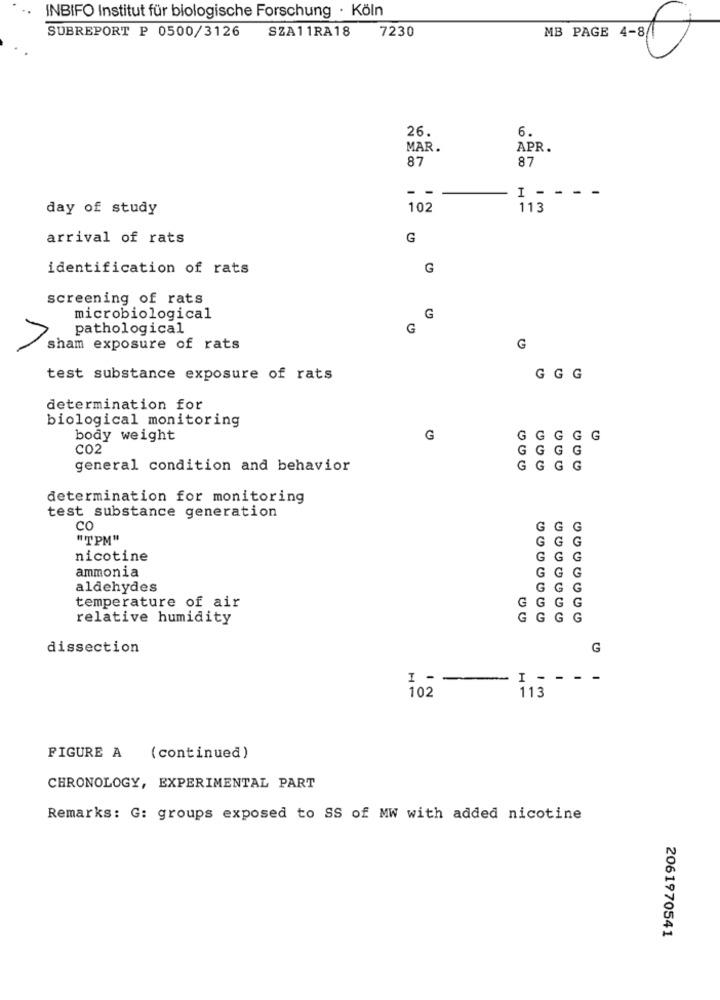
INBIFO Institut für biologische Forschung · Köln
7230
MB PAGE 4-8/
SUBREPORT P 0500/3126
SZA11RA18
26.
6.
MAR.
APR.
87
87
I - -
day of study
102
113
arrival of rats
G
identification of rats
G
screening of rats
microbiological
G
pathological
G
sham exposure of rats
G
test substance exposure of rats
GGG
determination for
biological monitoring
body weight
G
GGGGG
CO2
GG
general condition and behavior
GG GG
000
determination for monitoring
test substance generation
co
G
"TPM"
nicotine
ammonia
aldehydes
G
temperature of air
G
relative humidity
GGGG
0000000
dissection
G
I - --
-I - --
102
113
FIGURE A (continued)
CHRONOLOGY, EXPERIMENTAL PART
Remarks: G: groups exposed to SS of MW with added nicotine
2061970541